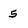
Character: 5